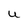
Character: u